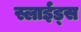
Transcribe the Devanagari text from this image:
स्लाईड्स